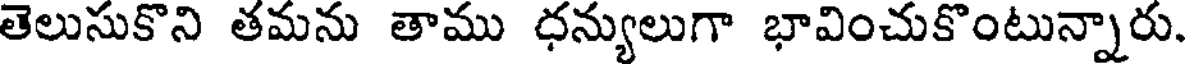
తెలుసుకొని తమను తాము ధన్యులుగా భావించుకొంటున్నారు.